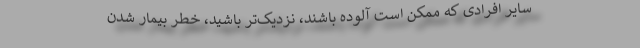
سایر افرادی که ممکن است آلوده باشند، نزدیک‌تر باشید، خطر بیمار شدن